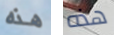
هذه هذه